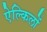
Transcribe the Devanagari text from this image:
ऐल्किलों